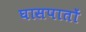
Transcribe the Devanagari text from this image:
घासपातों